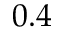
0 . 4